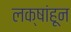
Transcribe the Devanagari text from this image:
लक्षांहून